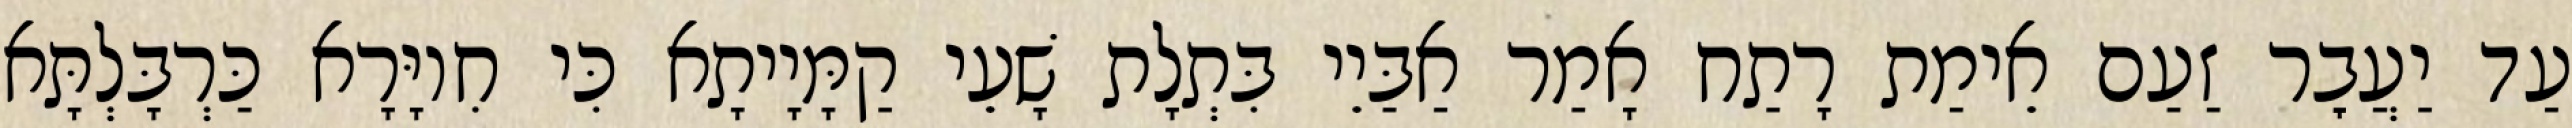
עַד יַעֲבׇר זַעַם אֵימַת רָתַח אָמַר אַבַּיֵי בִּתְלָת שָׁעֵי קַמָּיָיתָא כִּי חִיוָּרָא כַּרְבָּלְתָּא